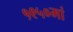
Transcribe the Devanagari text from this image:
१९५०मां